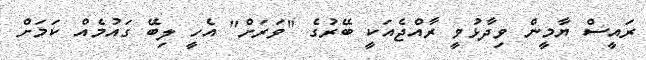
ރައީސް ޔާމީން ވިދާޅުވީ ރާއްޖެއަކީ ބޭރުގެ "ވަރަށް" އެހީ ލިބޭ ގައުމެއް ކަމަށް